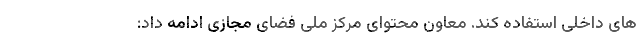
های داخلی استفاده کند. معاون محتوای مرکز ملی فضای مجازی ادامه داد: